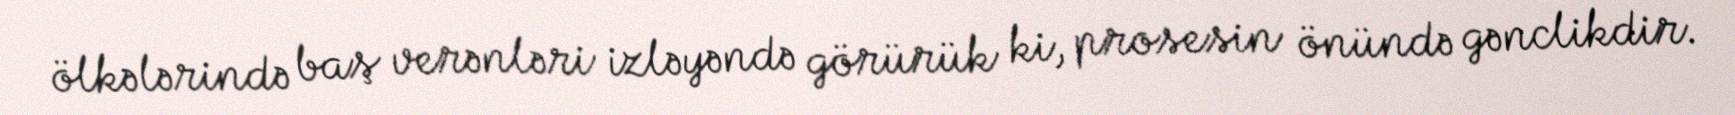
ölkələrində baş verənləri izləyəndə görürük ki, prosesin önündə gənclikdir.